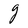
Character: g